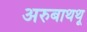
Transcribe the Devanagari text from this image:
अरुबाथथू